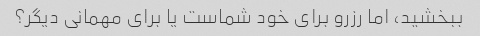
ببخشید، اما رزرو برای خود شماست یا برای مهمانی دیگر؟